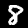
Label: 8